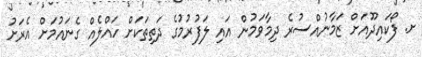
ށ. ފޯކައިދޫއަށް ޒަމާނުއްސުރެ ދިމާވަމުން އައި ލަފުރުމުގެ ދަތިތަކަށް ހައްލެއް ގެނައުމަށް އެރަށު